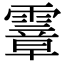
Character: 𩅈